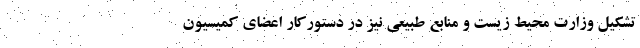
تشکیل وزارت محیط زیست و منابع طبیعی نیز در دستورکار اعضای کمیسیون